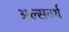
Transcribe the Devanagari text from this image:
अल्सवर्थ